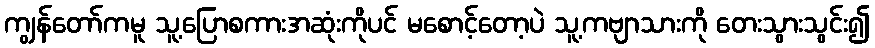
ကျွန်တော်ကမူ သူ့ပြောစကားအဆုံးကိုပင် မစောင့်တော့ပဲ သူ့ကဗျာသားကို တေးသွားသွင်း၍